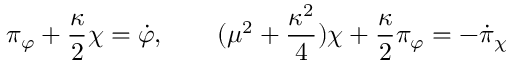
\pi _ { \varphi } + { \frac { \kappa } { 2 } } \chi = \dot { \varphi } , \qquad ( \mu ^ { 2 } + { \frac { \kappa ^ { 2 } } { 4 } } ) \chi + { \frac { \kappa } { 2 } } \pi _ { \varphi } = - \dot { \pi } _ { \chi }